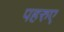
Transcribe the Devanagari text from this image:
पहरुए